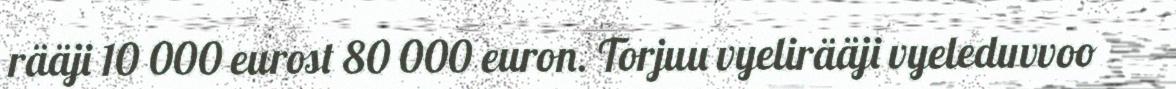
rääji 10 000 eurost 80 000 euron. Torjuu vyelirääji vyeleduvvoo